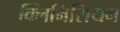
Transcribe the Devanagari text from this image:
क्लिनिसियन